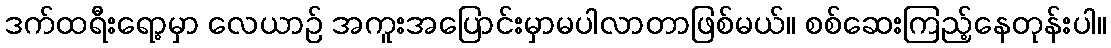
ဒက်ထရီးရော့မှာ လေယာဉ် အကူးအပြောင်းမှာမပါလာတာဖြစ်မယ်။ စစ်ဆေးကြည့်နေတုန်းပါ။